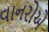
વાનરોએ